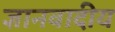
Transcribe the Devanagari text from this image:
ज्ञानवादीय